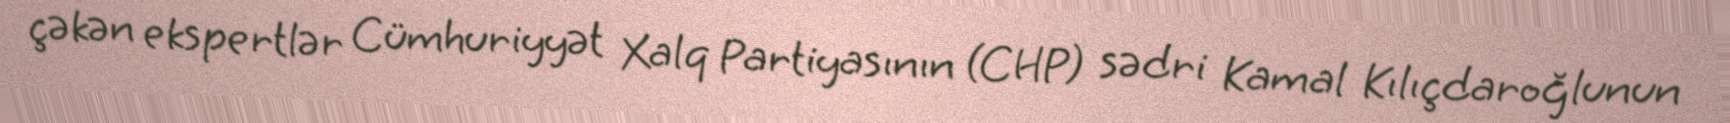
çəkən ekspertlər Cümhuriyyət Xalq Partiyasının (CHP) sədri Kamal Kılıçdaroğlunun